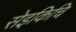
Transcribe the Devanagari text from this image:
सेइकिचि